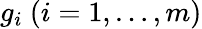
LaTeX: g_{i}\ (i=1,\ldots,m)